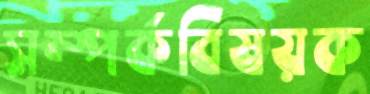
সম্পর্কবিষয়ক